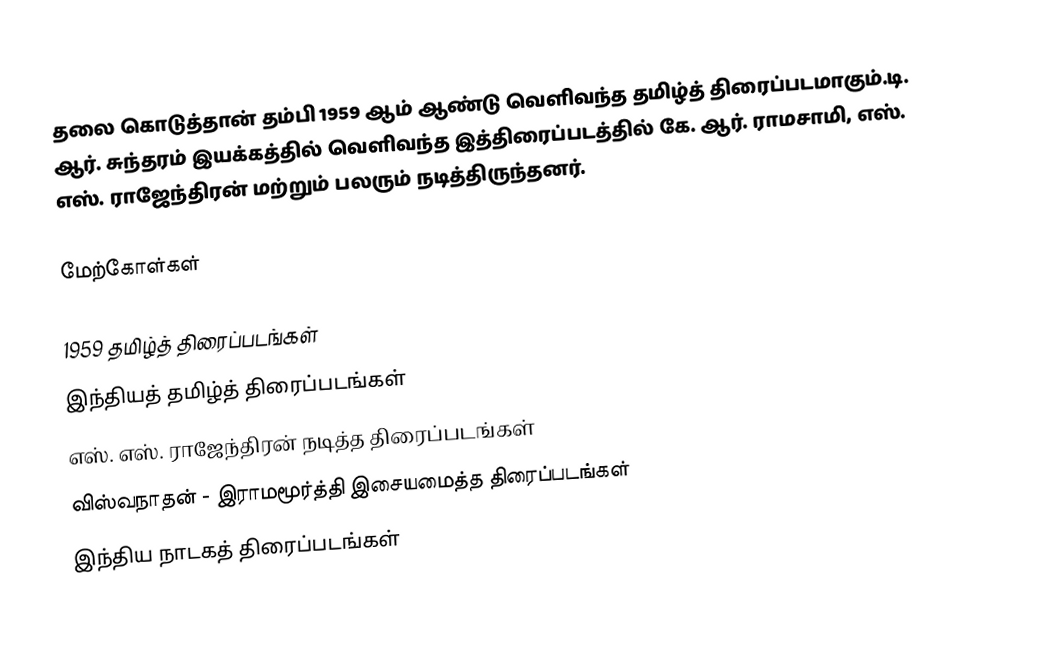
தலை கொடுத்தான் தம்பி 1959 ஆம் ஆண்டு வெளிவந்த தமிழ்த் திரைப்படமாகும்.டி. ஆர். சுந்தரம் இயக்கத்தில் வெளிவந்த இத்திரைப்படத்தில் கே. ஆர். ராமசாமி, எஸ். எஸ். ராஜேந்திரன் மற்றும் பலரும் நடித்திருந்தனர்.

மேற்கோள்கள்

1959 தமிழ்த் திரைப்படங்கள்
இந்தியத் தமிழ்த் திரைப்படங்கள்
எஸ். எஸ். ராஜேந்திரன் நடித்த திரைப்படங்கள்
விஸ்வநாதன் - இராமமூர்த்தி இசையமைத்த திரைப்படங்கள்
இந்திய நாடகத் திரைப்படங்கள்